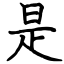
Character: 是